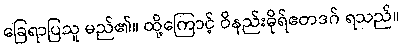
ခြေရာပြသူ မည်၏။ ထို့ကြောင့် ဝိနည်းဓိုရ်ဧတဒဂ် ရသည်။